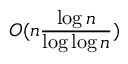
O ( n { \frac { \log n } { \log \log n } } )